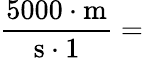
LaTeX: {\frac{5000\cdot{\mathrm{m}}}{{\mathrm{s}}\cdot{1}}}=